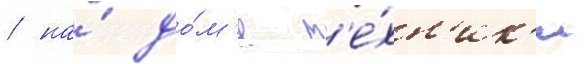
/ на́ до́м'е т'е́хн'ик'и